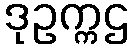
ဒုဥက္ကဌ